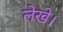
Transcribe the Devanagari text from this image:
लेखे।